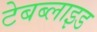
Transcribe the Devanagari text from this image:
टेबब्लाइड